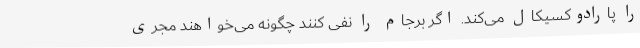
را پارادوکسیکال می‌کند. اگر برجام را نفی کنند چگونه می‌خواهند مجری